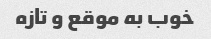
خوب به موقع و تازه